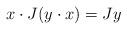
LaTeX: \begin{align*} x \cdot J (y \cdot x)= J y\end{align*}